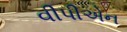
વીપીએન